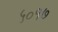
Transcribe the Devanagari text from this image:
५०१७